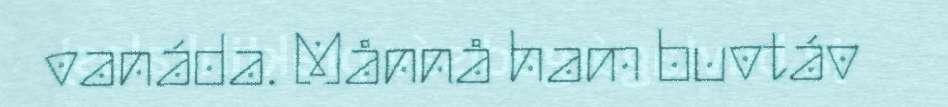
vanáda. Månnå ham buvtáv